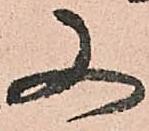
又